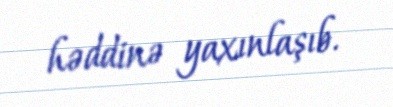
həddinə yaxınlaşıb.